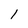
Character: 1